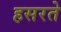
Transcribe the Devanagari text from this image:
हसरते